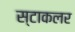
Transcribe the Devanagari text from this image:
स्टाकलर